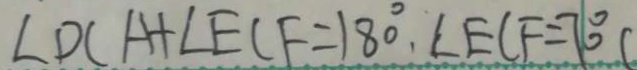
\angle D C A + \angle E C F = 1 8 0 ^ { \circ } , \angle E C F = 7 0 ^ { \circ } C